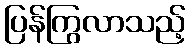
ပြန်ကြွလာသည့်